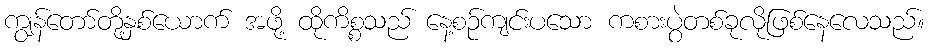
ကျွန်တော်တို့နှစ်ယောက် အဖို့ ထိုကိစ္စသည် နေ့စဉ်ကျင်းပသော ကစားပွဲတစ်ခုလိုဖြစ်နေလေသည်။